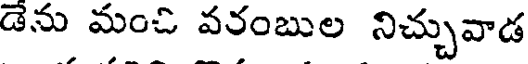
డెను మంచి వరంబుల నిచ్చువాడ